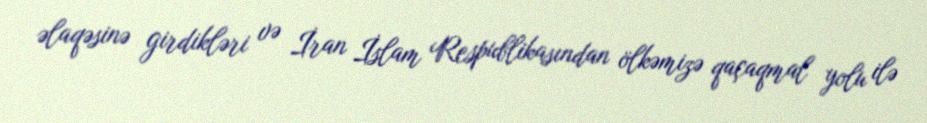
əlaqəsinə girdikləri və İran İslam Respublikasından ölkəmizə qaçaqmal yolu ilə